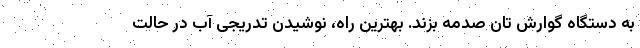
به دستگاه گوارش تان صدمه بزند. بهترین راه، نوشیدن تدریجی آب در حالت